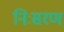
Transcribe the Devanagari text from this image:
निःसरण